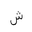
Letter: _shin